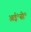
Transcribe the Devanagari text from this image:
आई॰सी॰